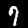
Label: 7